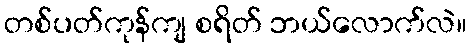
တစ်ပတ်ကုန်ကျ စရိတ် ဘယ်လောက်လဲ။